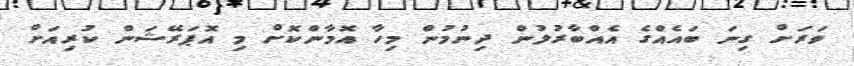
ވަރަށް ގިނަ ބައެއްގެ އެއްބާރުލުން ދިނުމުން މިހާ އޮމާންކޮށް މި އޮޕަރޭޝަން ކުރިއަށް